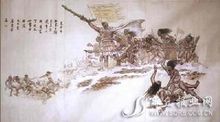
其服不同，其行犹一也。